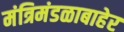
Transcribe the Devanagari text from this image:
मंत्रिमंडळाबाहेर